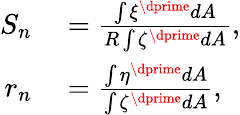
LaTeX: \begin{array}{rl}{S_{n}}&{{}=\frac{\int{\xi^{\dprime}dA}}{R\int{\zeta^{\dprime}dA}},}\\ {r_{n}}&{{}=\frac{\int{\eta^{\dprime}dA}}{\int{\zeta^{\dprime}dA}},}\end{array}